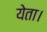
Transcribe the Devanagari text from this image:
येता।